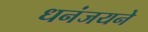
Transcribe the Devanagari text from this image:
धनंजयने